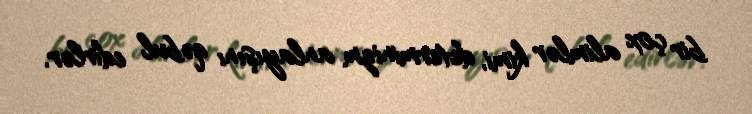
bir çox alimlər kimi, determinizm anlayışını qəbul edirlər.